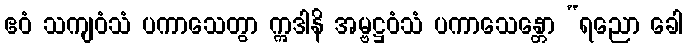
ဧဝံ သကျဝံသံ ပကာသေတွာ ဣဒါနိ အမ္ဗဋ္ဌဝံသံ ပကာသေန္တော “ရညော ခေါ